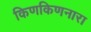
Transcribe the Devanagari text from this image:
किणकिणनारा